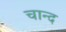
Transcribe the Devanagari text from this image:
चान्‍द